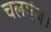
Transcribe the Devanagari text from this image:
चलगंज।